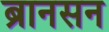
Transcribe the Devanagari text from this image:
ब्रानसन